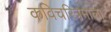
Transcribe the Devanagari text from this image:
कविचरित्रमाला